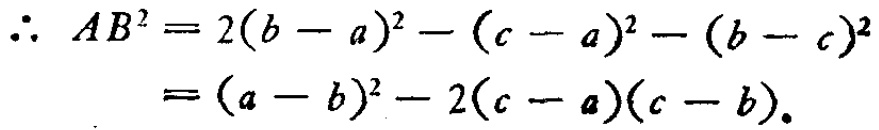
\[\begin{align*}
\therefore AB^{2}&=2(b - a)^{2}-(c - a)^{2}-(b - c)^{2}\\
&=(a - b)^{2}-2(c - a)(c - b).
\end{align*}\]